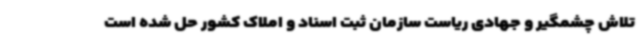
تلاش چشمگیر و جهادی ریاست سازمان ثبت اسناد و املاک کشور حل شده است